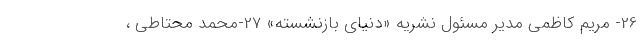
26- مریم کاظمی مدیر مسئول نشریه «دنیای بازنشسته» 27-محمد محتاطی ،